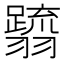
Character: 𮋗